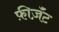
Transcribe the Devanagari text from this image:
फ़ीज़ॅंट